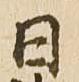
日